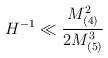
LaTeX: \begin{align*}H^{-1}\ll \frac{M^{2}_{(4)}}{2M^{3}_{(5)}}\end{align*}